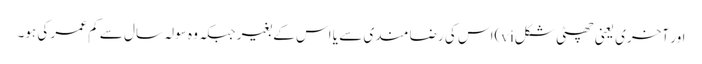
اور آخری یعنی چھٹی شکلvi)اس کی رضا مندی سے یا اس کے بغیر جبکہ وہ سولہ سال سے کم عمر کی ہو۔